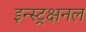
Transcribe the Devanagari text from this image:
इन्स्ट्रक्षनल